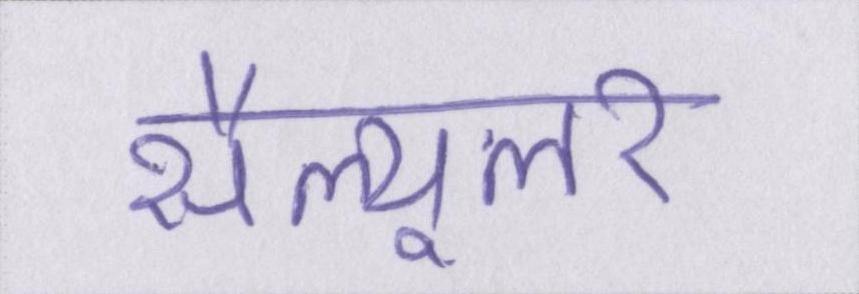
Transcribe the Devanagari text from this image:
सैल्यूलर